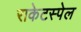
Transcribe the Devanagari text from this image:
राकेटस्पेल